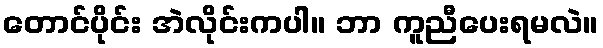
တောင်ပိုင်း အဲလိုင်းကပါ။ ဘာ ကူညီပေးရမလဲ။